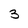
Character: 3